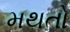
મથતો